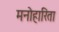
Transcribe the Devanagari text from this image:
मनोहारिता